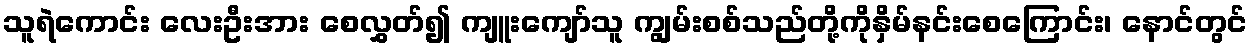
သူရဲကောင်း လေးဦးအား စေလွှတ်၍ ကျူးကျော်သူ ကျွမ်းစစ်သည်တို့ကိုနှိမ်နင်းစေကြောင်း၊ နောင်တွင်